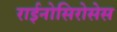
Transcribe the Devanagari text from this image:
राईनोसिरोसेस